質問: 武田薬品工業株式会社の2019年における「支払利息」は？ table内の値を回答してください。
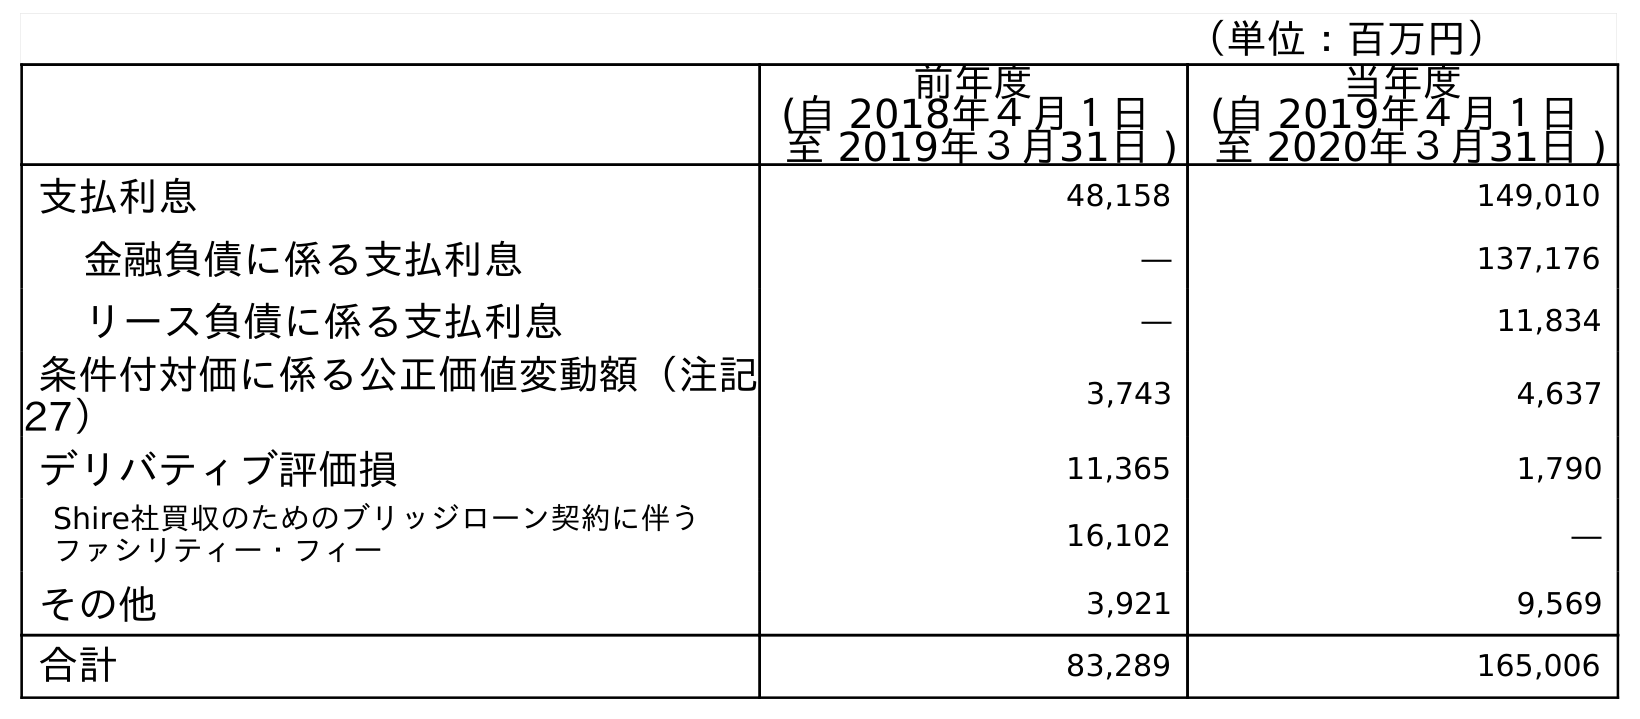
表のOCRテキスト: （単位：百万円） 前年度 (自 2018年４月１日 至 2019年３月31日 ) 当年度 (自 2019年４月１日 至 2020年３月31日 ) 支払利息 48,158 149,010 金融負債に係る支払利息 ― 137,176 リース負債に係る支払利息 ― 11,834 条件付対価に係る公正価値変動額（注記 27） 3,743 4,637 デリバティブ評価損 11,365 1,790 Shire社買収のためのブリッジローン契約に伴う ファシリティー・フィー 16,102 ― その他 3,921 9,569 合計 83,289 165,006
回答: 48,158